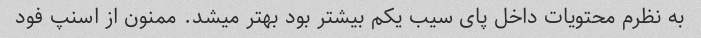
به نظرم محتویات داخل پای سیب یکم بیشتر بود بهتر میشد. ممنون از اسنپ فود